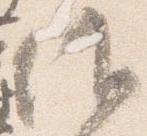
候